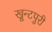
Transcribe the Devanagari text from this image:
खून्टपुरी